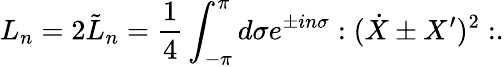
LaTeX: L_{n}=2\tilde{L}_{n}=\frac{1}{4}\int_{-\pi}^{\pi}d\sigma e^{\pm in\sigma}:(\dot{X}\pm X^{\prime})^{2}:.